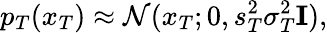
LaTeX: p_{T}(x_{T})\approx\mathcal{N}(x_{T};0,s_{T}^{2}\sigma_{T}^{2}\mathbf{I}),